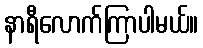
နာရီလောက်ကြာပါမယ်။